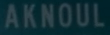
AKNOUL